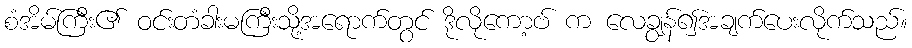
စံအိမ်ကြီး၏ ဝင်းတံခါးမကြီးသို့အရောက်တွင် ဒိုလိုကော့ဗ် က လေချွန်၍အချက်ပေးလိုက်သည်။